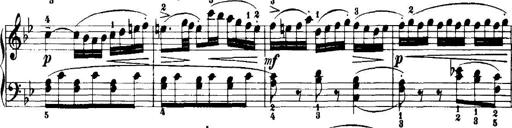
Title: 7 Sonatinas
Composer: Anton Diabelli